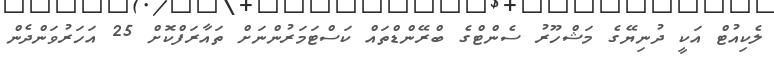
ލެކިއުޓް އަކީ ދުނިޔޭގެ މަޝްހޫރު ސެންޓްގެ ބްރޭންޑްތައް ކަސްޓަމަރުންނަށް ތައާރަފްކޮށް 25 އަހަރުވަންދެން